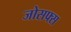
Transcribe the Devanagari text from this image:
जोसफ्स